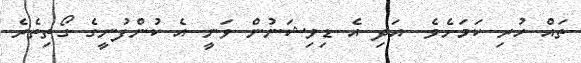
ތައް ހުރި ކަމަށެވެ. އަދި އެ ޑިވިޝަނުން ވަނީ އެ ކުންފުނީގެ ގޯތިތެރެ